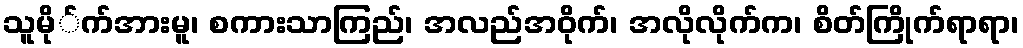
သူမို်က်အားမူ၊ စကားသာကြည်၊ အလည်အဝိုက်၊ အလိုလိုက်က၊ စိတ်ကြိုက်ရာရာ၊